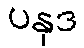
ပနုဒ